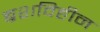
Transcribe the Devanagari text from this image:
ब्रशविहीन